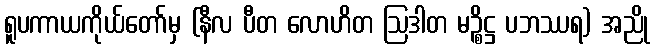
ရူပကာယကိုယ်တော်မှ (နီလ ပီတ လောဟိတ ဩဒါတ မဉ္စိဋ္ဌ ပဘဿရ) အညို